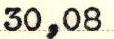
30,08